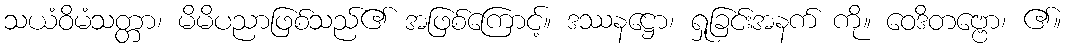
သယံဝိမံသတ္တာ၊ မိမိပညာဖြစ်သည်၏ အဖြစ်ကြောင့်။ ဒဿနဋ္ဌော၊ ရှုခြင်းအနက် ကို။ ဝေဒိတဗ္ဗော၊ ၏။